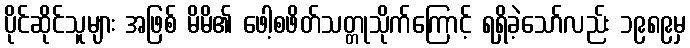
ပိုင်ဆိုင်သူများ အဖြစ် မိမိ၏ ဖေါ့စဖိတ်သတ္တုသိုက်ကြောင့် ရရှိခဲ့သော်လည်း ၁၉၈၉မှ